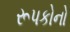
રૂપકોનો